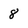
Character: 8